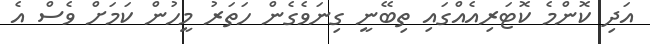
އަދި ކޮންމެ ކޮޓަރިއެއްގައި ތިބޭނީ ގިނަވެގެން ހަތަރު މީހުން ކަމަށް ވެސް އެ